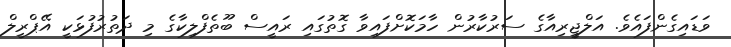
ވަޑައިގެންފައެވެ. އަލްޖީރިއާގެ ސަރުކާރުން ހާމަކޮށްފައިވާ ގޮތުގައި ރައީސް ބޫތެފްލިކާގެ މި ދަތުރުފުޅަކީ އޭޕްރީލް